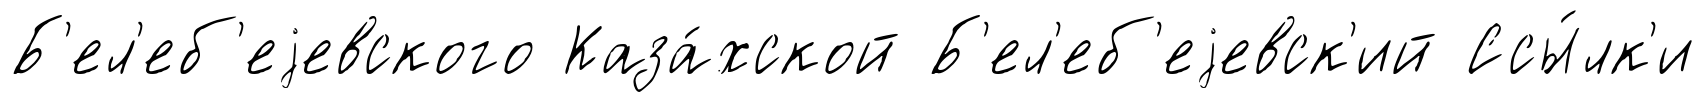
Б'ел'еб'еjевского Каза́хской Б'ел'еб'еjевск'ий Ссы́лк'и